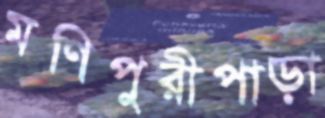
মণিপুরীপাড়া